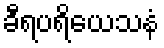
ခီရပရိယေသနံ